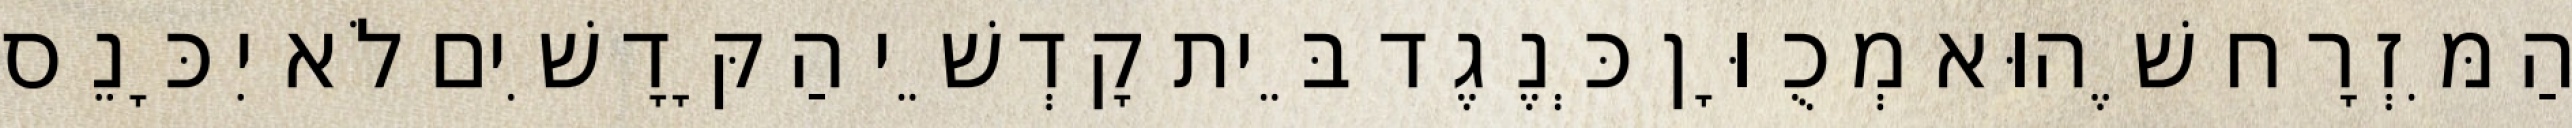
הַמִּזְרָח שֶׁהוּא מְכֻוָּן כְּנֶגֶד בֵּית קָדְשֵׁי הַקָּדָשִׁים לֹא יִכָּנֵס